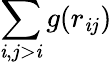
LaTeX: \sum_{\mathit{i},j>\mathit{i}}g(r_{\mathit{i}j})